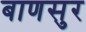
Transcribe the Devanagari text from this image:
बाणसुर